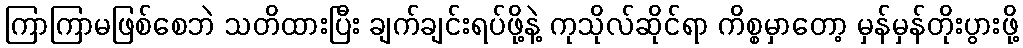
ကြာကြာမဖြစ်စေဘဲ သတိထားပြီး ချက်ချင်းရပ်ဖို့နဲ့ ကုသိုလ်ဆိုင်ရာ ကိစ္စမှာတော့ မှန်မှန်တိုးပွားဖို့